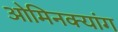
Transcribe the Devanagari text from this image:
ओमिनक्यांग